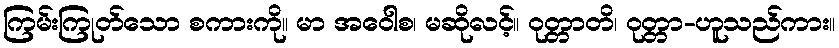
ကြမ်းကြုတ်သော စကားကို။ မာ အဝေါစ၊ မဆိုလင့်။ ဝုတ္တာတိ၊ ဝုတ္တာ-ဟူသည်ကား။